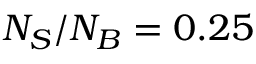
N _ { S } / N _ { B } = 0 . 2 5